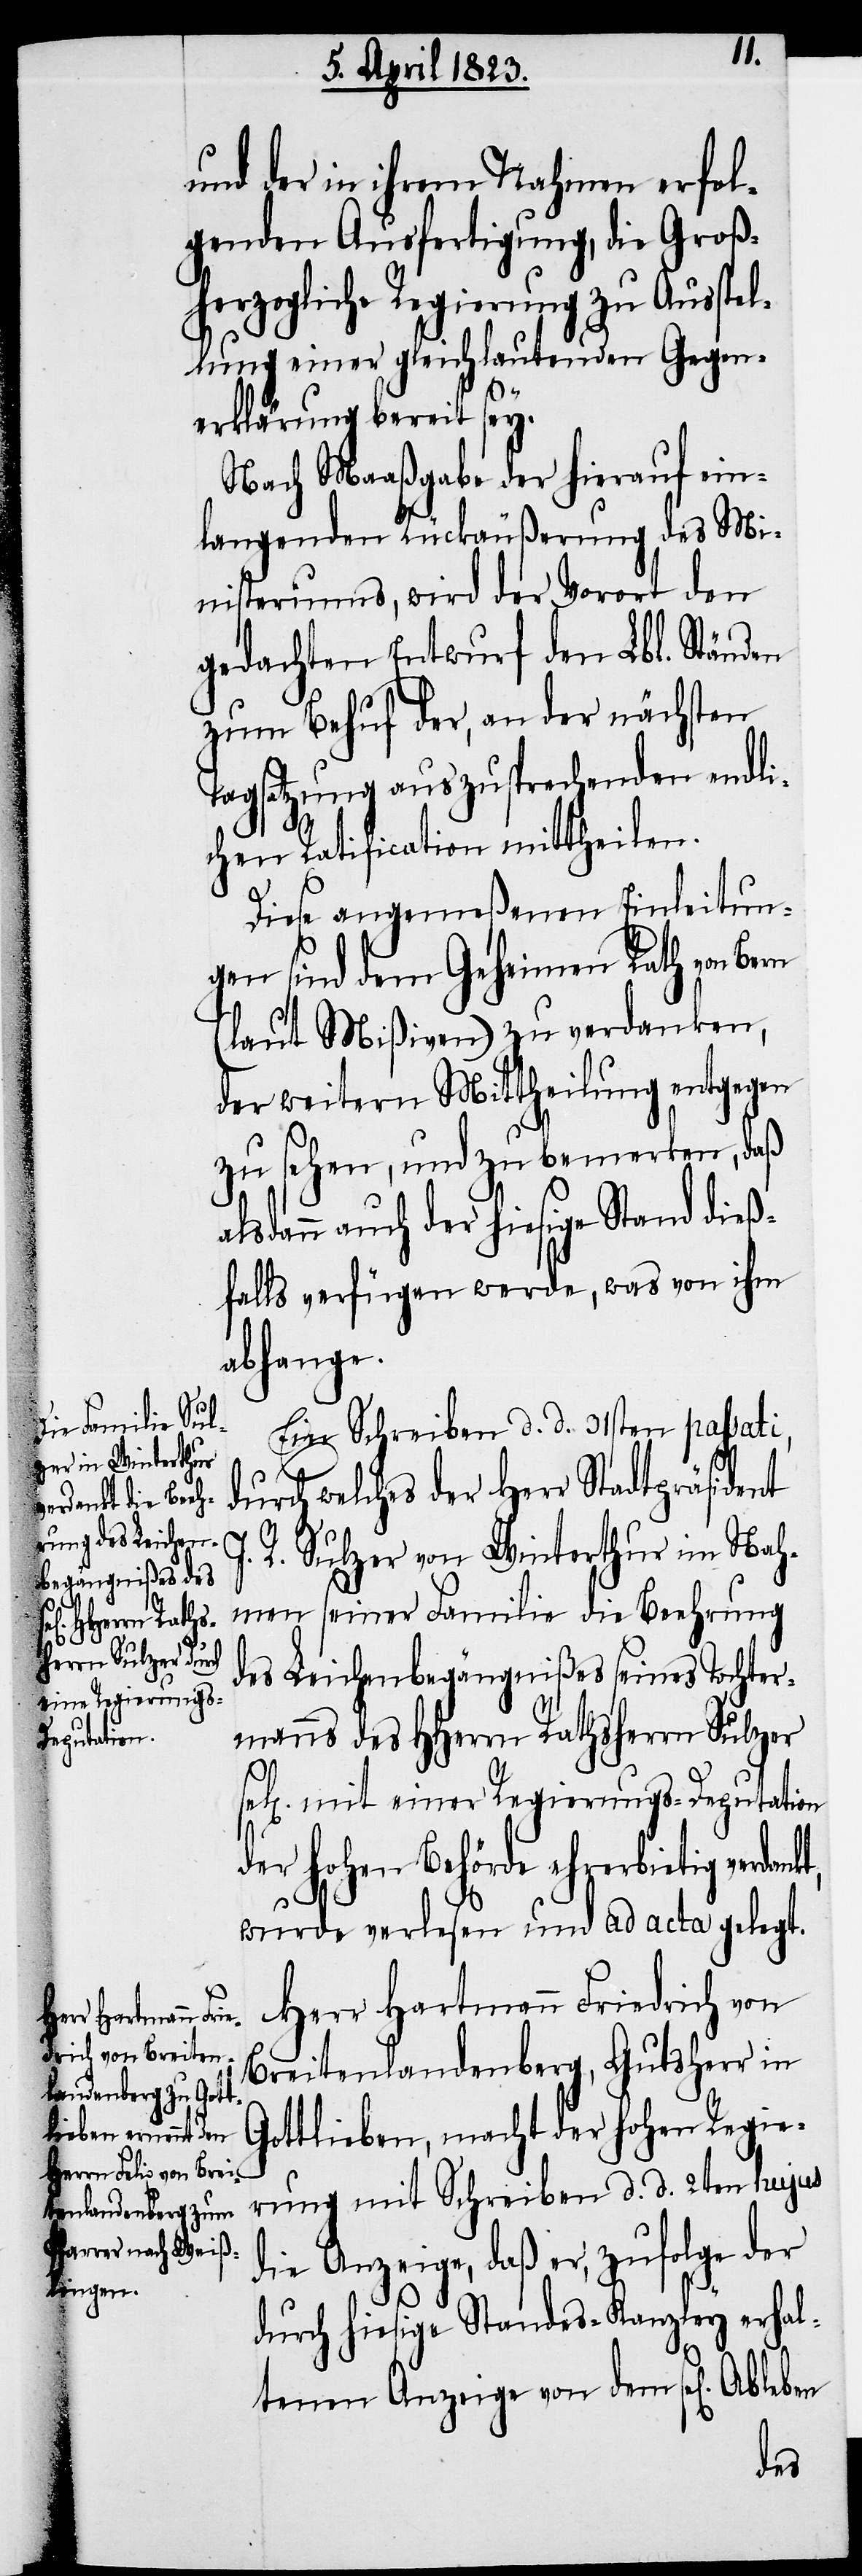
se¬
und der in ihrem Nahmen erfol¬
genden Ausfertigung, die Groß¬
herzogliche Regierung zu Ausstel¬
lung einer gleichlautenden Gegen¬
erklärung bereit sey.
Nach Maaßgabe der hierauf ein¬
langenden Rückäußerung des Mi¬
nisteriums, wird der Vorort den
gedachten Entwurf den Lbl. Ständen
zum Behuf der, an der nächsten
Tagsatzung auszusprechenden endli¬
chen Ratification mittheilen.
Diese angemeßenen Einleitun¬
gen sind dem Geheimen Rath von Bern
(laut Mißiven) zu verdanken,
der weitern Mittheilung entgegen
zu sehen, und zu bemerken, daß
alsdann auch der hiesige Stand dieß¬
falls verfügen werde, was von ihm
abhange.
Ein Schreiben d. d. 31sten passati,
durch welches der Herr Stadtpräsident
R. Sulzer von Winterthur im Nah¬
men seiner Familie die Beehrung
des Leichenbegängnißes seines Tochter¬
manns des HHerrn Rathsherrn Sulzer
l[ig] mit einer Regierungs-Deputation
der hohen Behörde ehrerbietig
wurde verlesen und ad acta gelegt.
Herr Hartmann Friedrich von
Breitenlandenberg, Gutsherr in
Gottlieben, macht der hohen Regie¬
rung mit Schreiben d. d. 2ten hujus
die Anzeige, daß er, zufolge der
durch hiesige Standes-Kanzley erhal¬
tenen Anzeige von dem sel[igen]